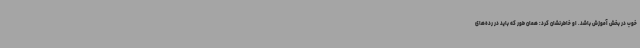
خوب در بخش آموزش باشد. او خاطرنشان کرد: همان طور که باید در رده‌های